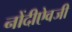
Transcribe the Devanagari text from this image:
नोंदीऐवजी